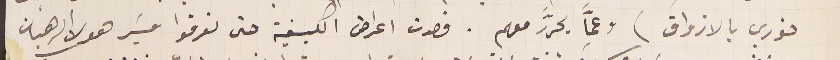
خوري بالازواق) وعمَّا يحرَّر معهم. قصدت اعراض الكيفية حتى تعرفوا مسَير هولا الرهبان